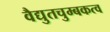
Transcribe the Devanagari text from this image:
वैद्युतचुम्बकत्व